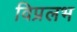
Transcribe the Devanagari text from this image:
विप्रलभ